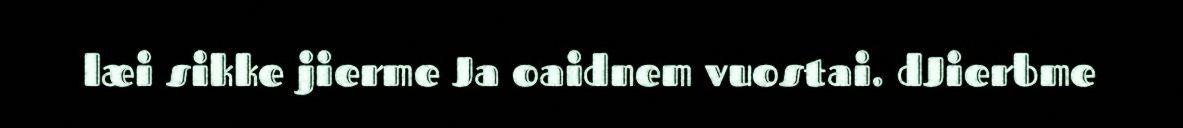
læi sikke jierme Ja oaidnem vuostai. dJierbme